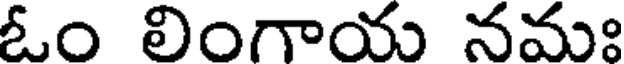
ఓం లింగాయ నమః